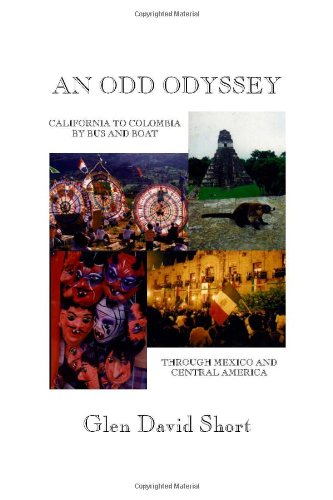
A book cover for An Odd Odyssey: California to Colombia by bus and boat, through Mexico and Central America; Glen David Short; Travel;